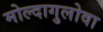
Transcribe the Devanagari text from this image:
मोल्दागुलोवा